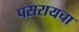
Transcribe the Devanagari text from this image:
पसरायचा